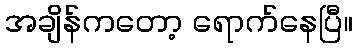
အချိန်ကတော့ ရောက်နေပြီ။